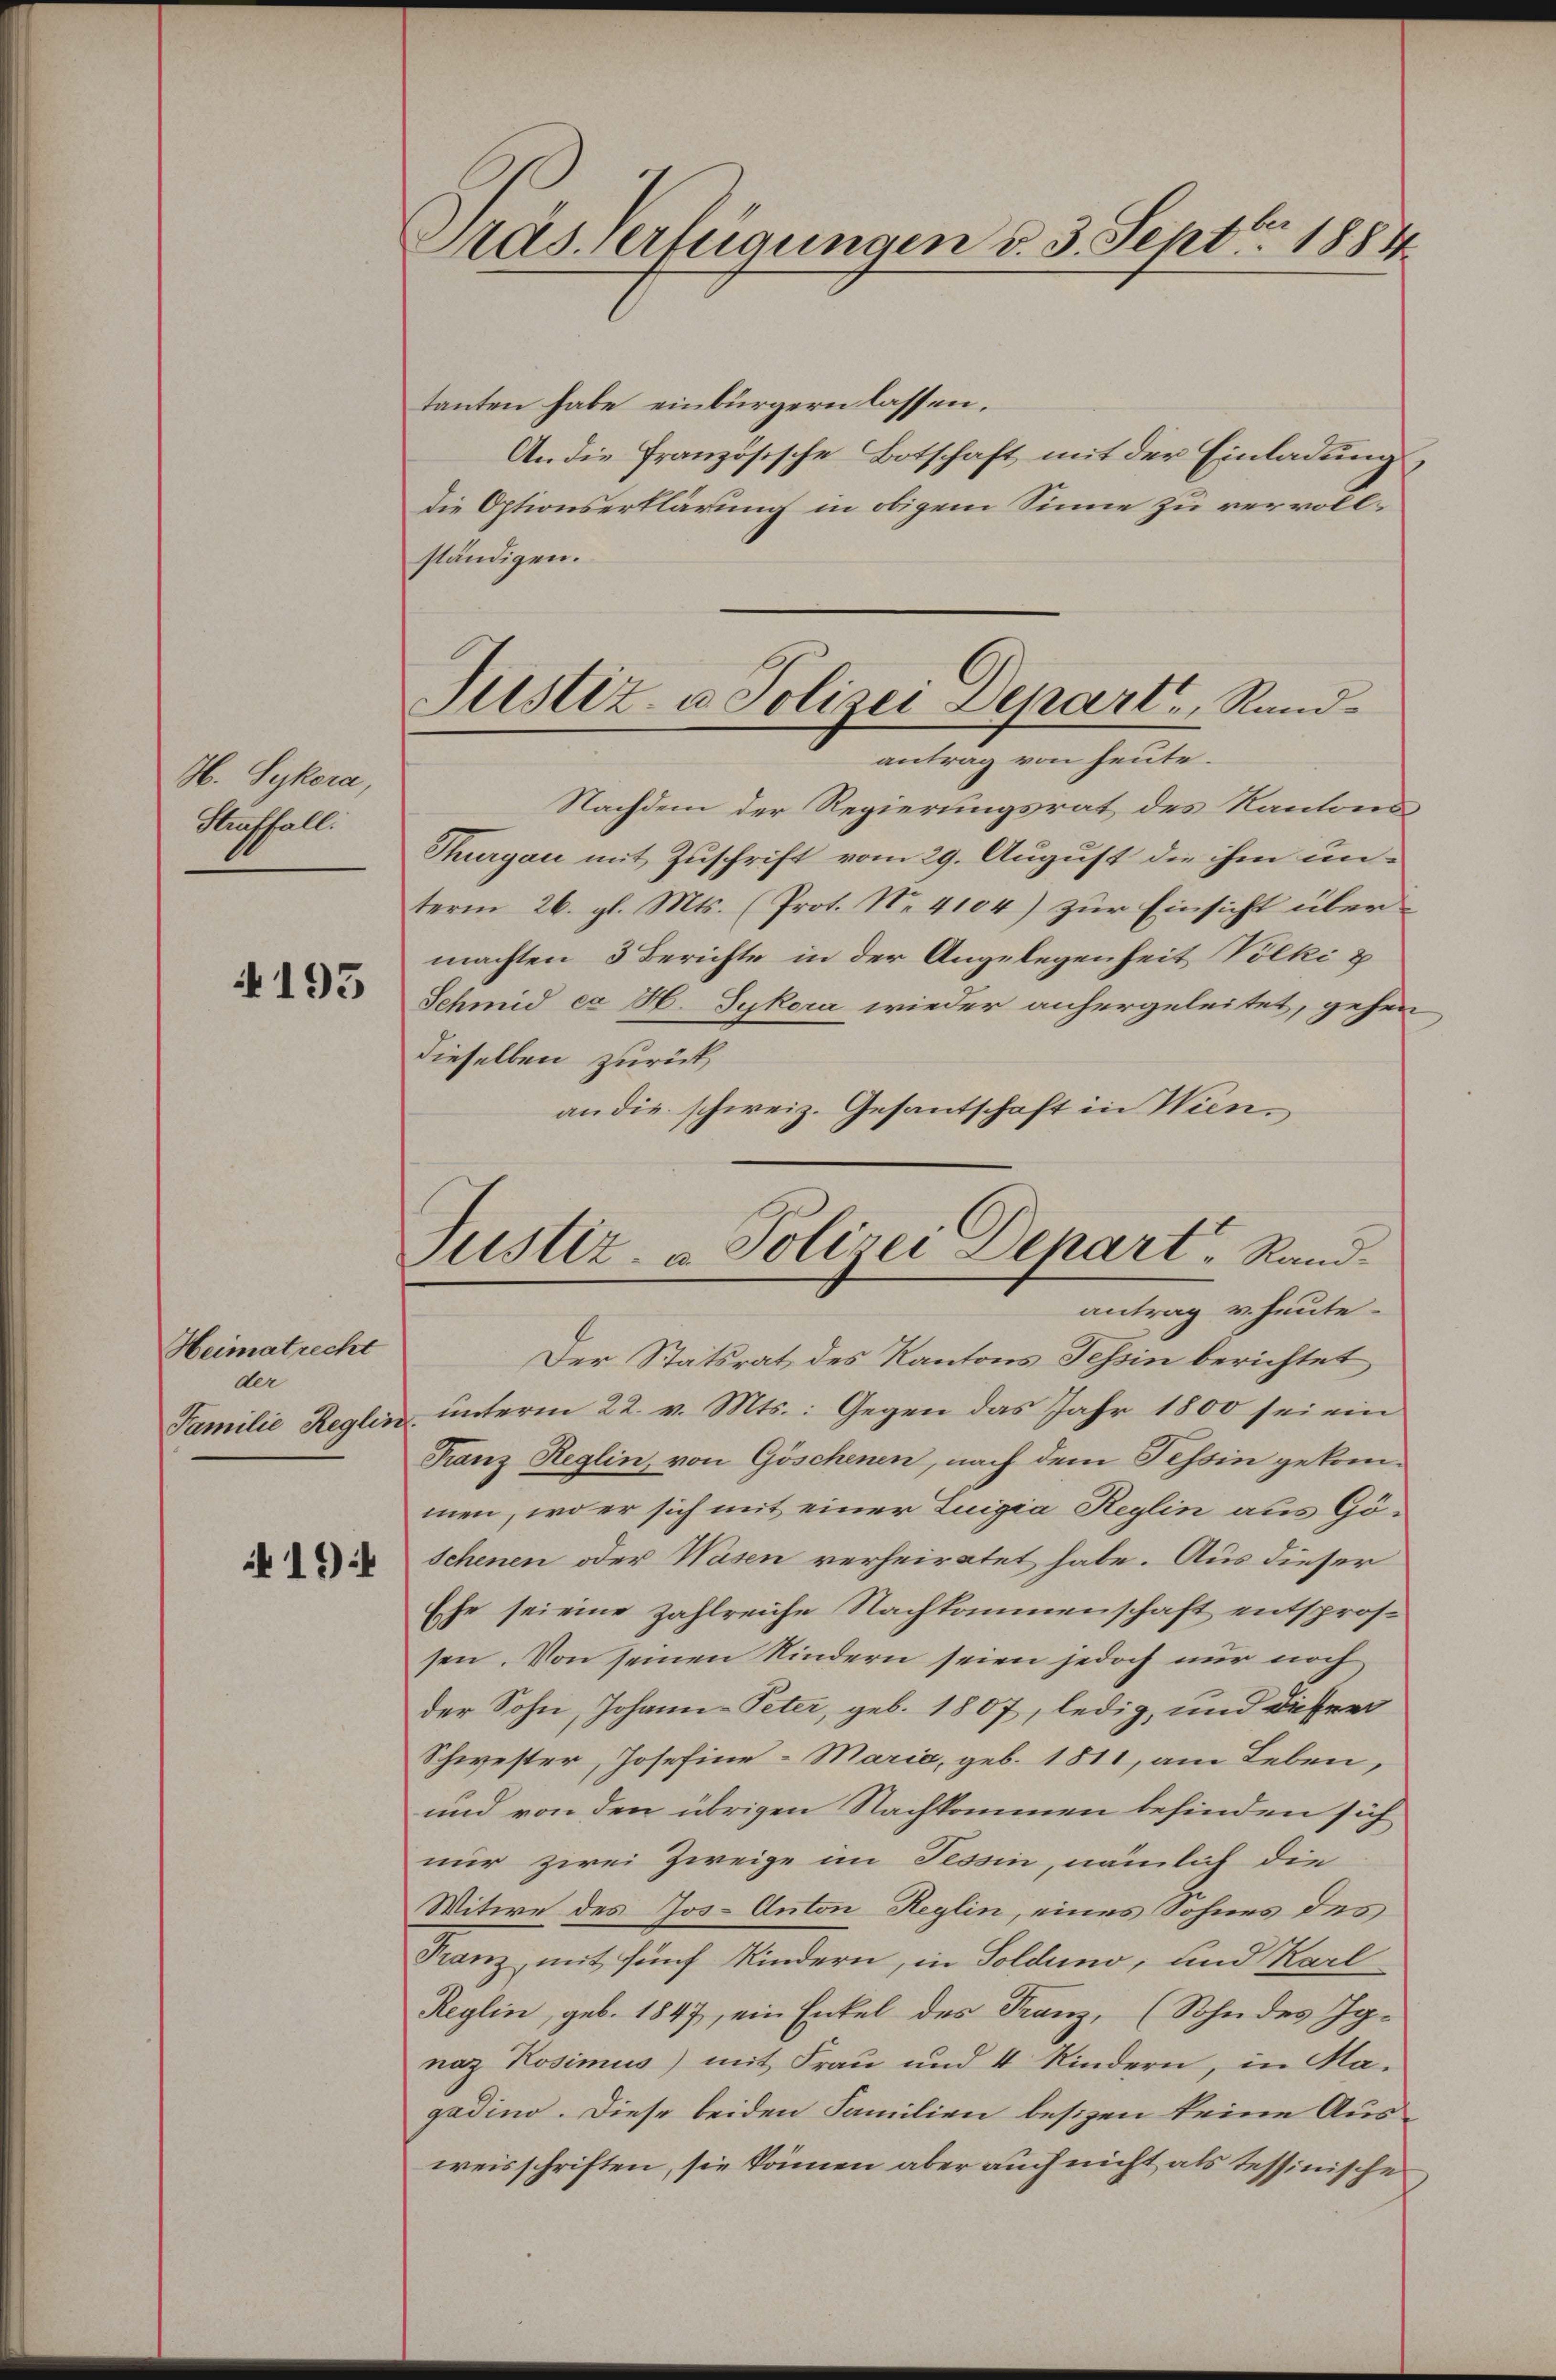
H. Sykora,
Straffall.

4193

Heimatrecht
der
Familie Reglin

194

Pas Verfügungen d. 3. Septbr. 1884

tanten habe einbürgern lassen.
An die französische Botschaft mit der Einladung
die Optionserklärung in obigem Sinne zu vervollständigen.
Nachdem der Regierungsrat des Kantons¬
Thurgau mit Zuschrift vom 29. August die ihm un-
term 26. gl. Mts. (Prot. N. 4104) zur Einsicht über-
machten 3 Berichte in der Angelegenheit Volki u
Schmid ex H. Sykora wieder anhergeleitet, gehen
dieselben zurück
an die schweiz. Gesantschaft in Wien.
Der Statsrat des Kantons Tessin berichtet
unterm 22. v. Mts.: Gegen das Jahr 1800 sei ein
Franz Reglin, von Göschenen, nach dem Tessin gekommen, wo er sich mit einer Luigia Reglin aus Göschenen oder Wasen verheiratet habe. Aus dieser
Ehe sei eine zahlreiche Nachkommenschaft entsprossen. Von seinen Kindern seien jedoch nur noch
der Sohn, Johann Peter, geb. 1807, ledig, und dieser
Schwester, Josefiur-Maria, geb. 1811, am Leben,
und von den übrigen Nachkommen befinden sich
nur zwei Zweige im Tessin, nämlich die
Witwe des Jos. Anton Reglin, eines Sohnes des
Franz mit fünf Kindern, in Solduno, und Karl
Reglin, geb. 1847, ein Enkel des Franz, (Sohn des Ig-
naz Rosimus) mit Frau und 4 Kindern, in Magadino. Diese beiden Familien besizen keine Aus-
weisschriften, sie können aber auch nicht als tessinisches

Justiz- u. Polizei Depart, Rundantrag von heute.

Justiz- & Polizei Depart, Randantrag v. heute.